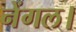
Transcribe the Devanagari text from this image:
नेंगल।